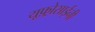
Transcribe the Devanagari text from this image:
यूफ़्रोसाईनी